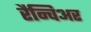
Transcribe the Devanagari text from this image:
रैन्विअर